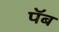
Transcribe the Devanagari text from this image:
पॅब